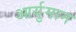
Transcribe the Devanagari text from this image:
आर्युमान